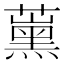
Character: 𱾶